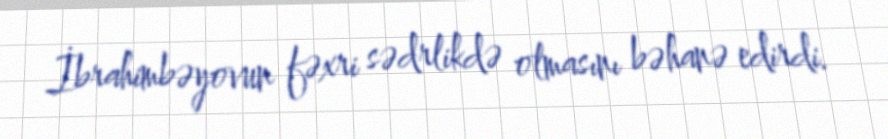
İbrahimbəyovun fəxri sədrlikdə olmasını bəhanə edirdi.